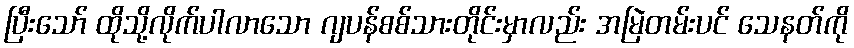
ပြီးသော် ထိုသို့လိုက်ပါလာသော ဂျပန်စစ်သားတိုင်းမှာလည်း အမြဲတမ်းပင် သေနတ်ကို